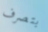
بتصرف